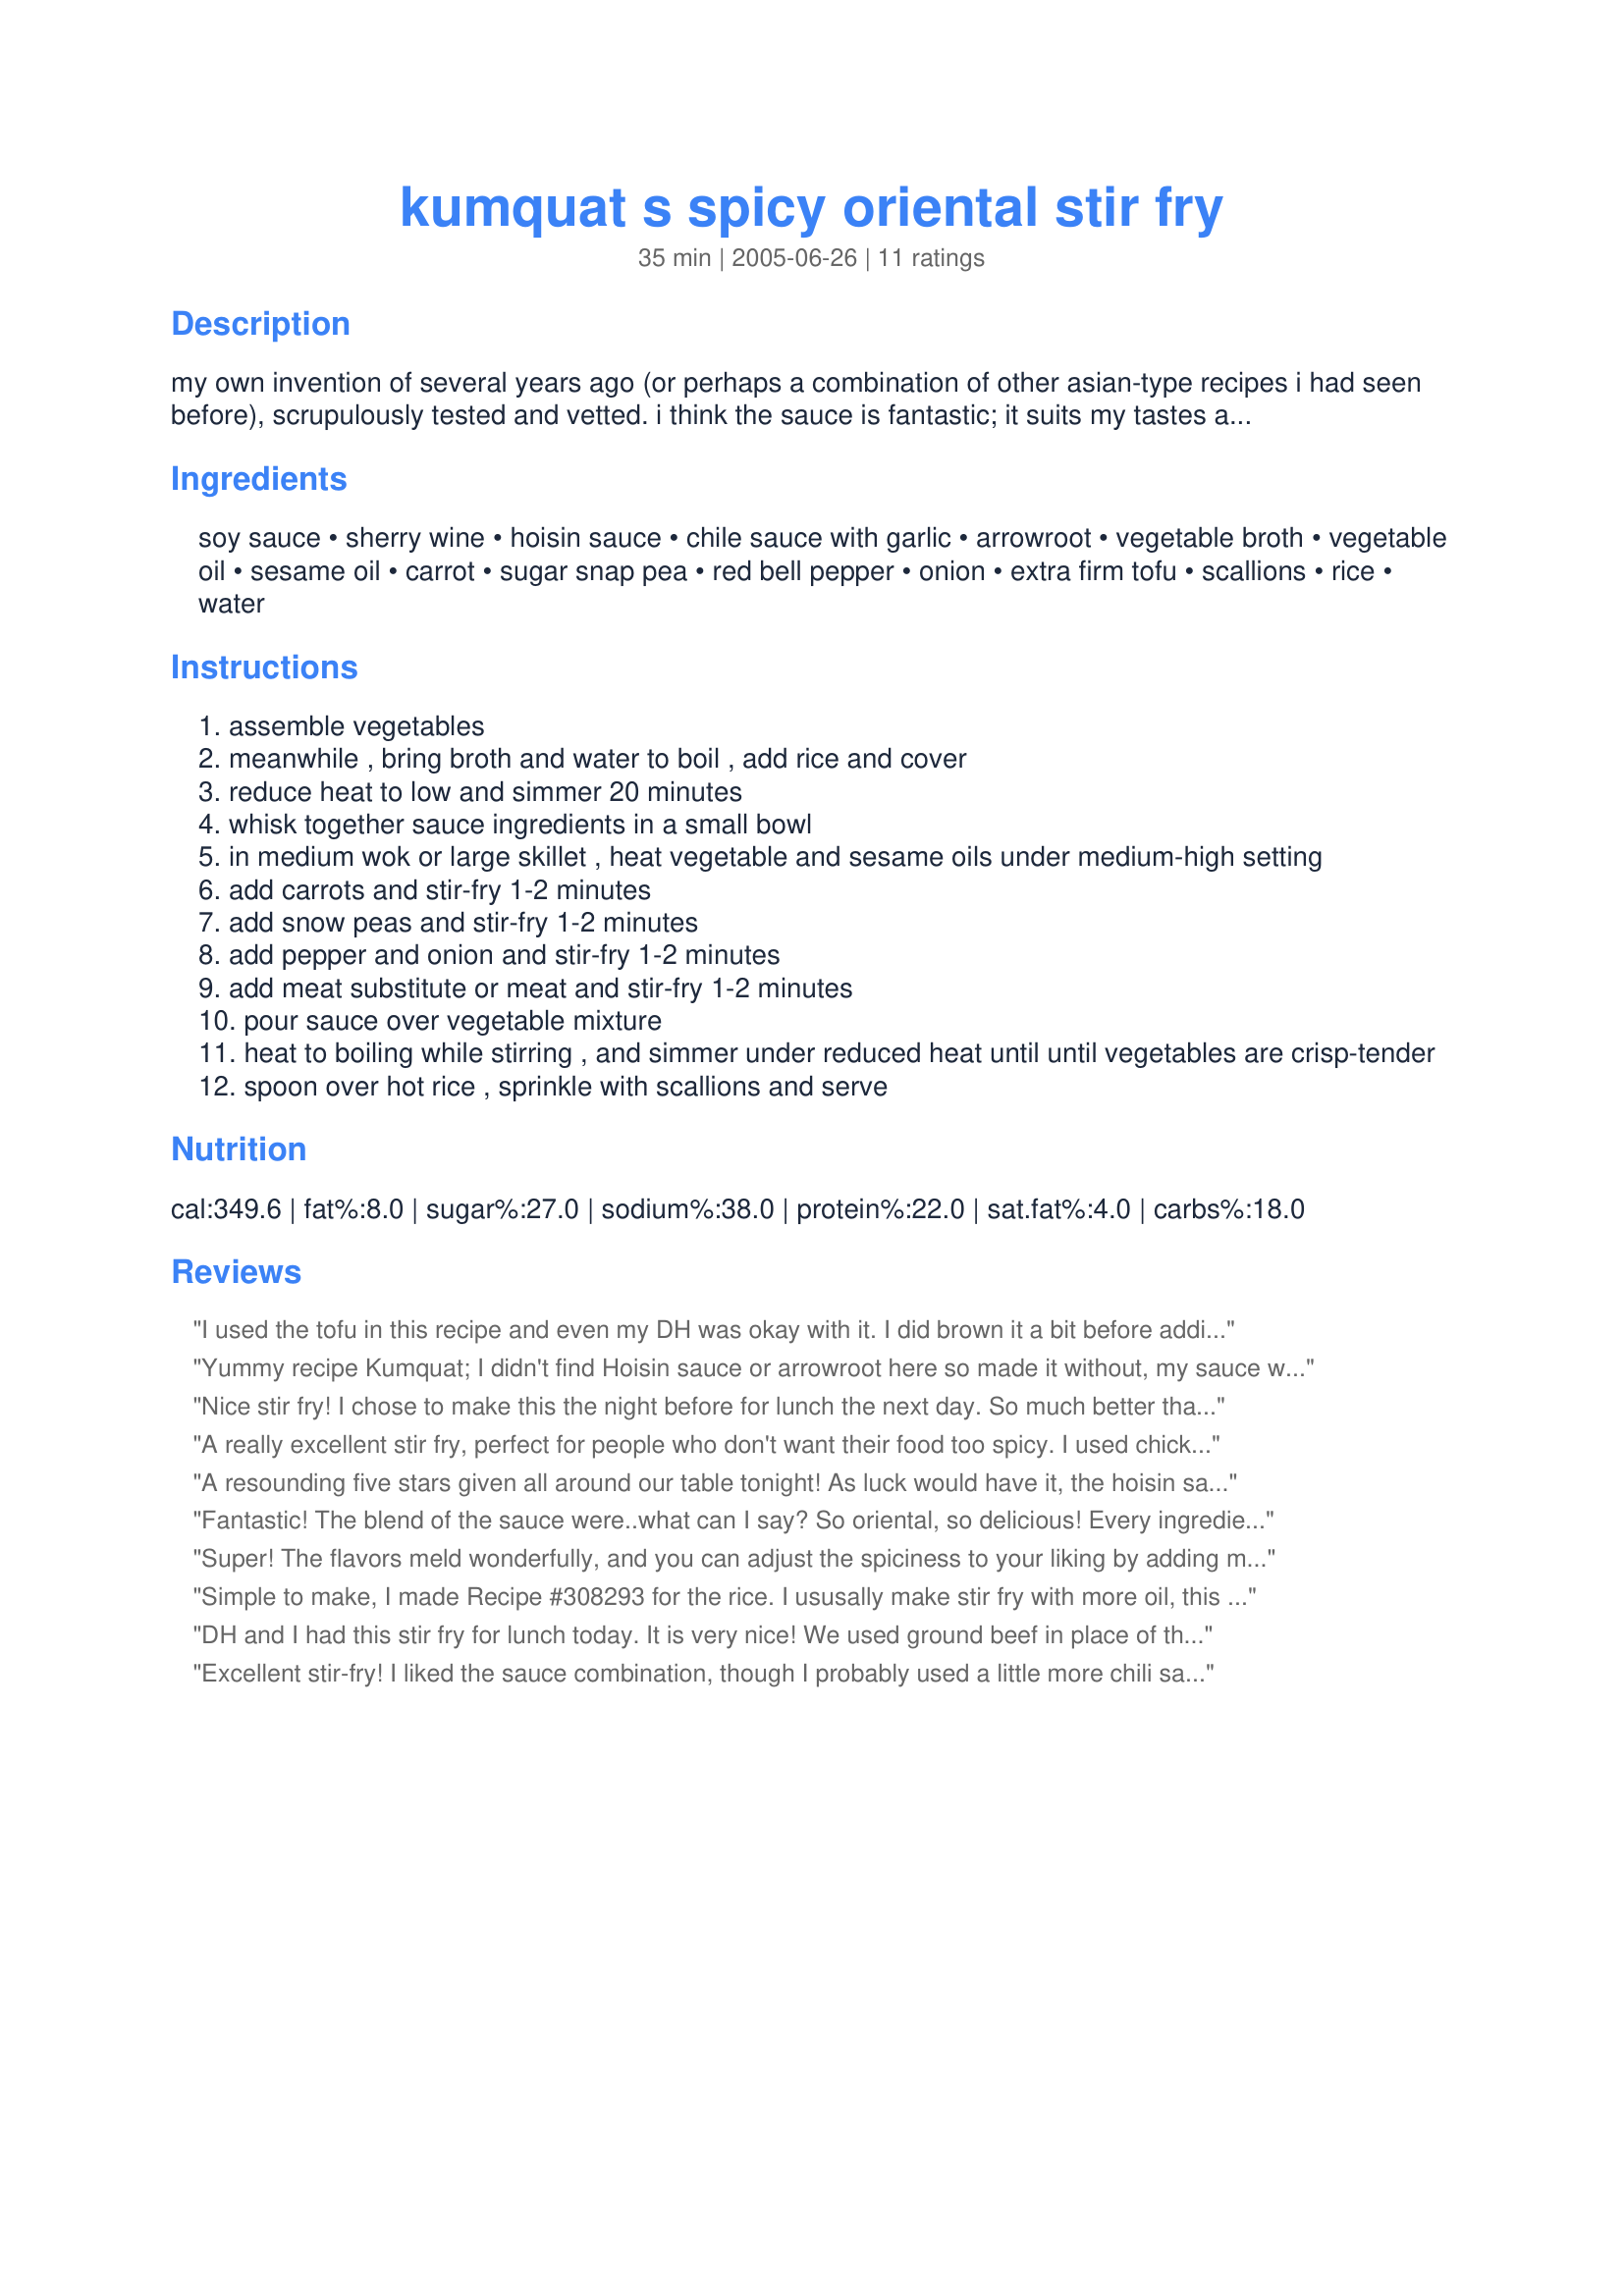
kumquat s spicy oriental stir fry
Preparation time: 35 minutes

my own invention of several years ago (or perhaps a combination of other asian-type recipes i had seen before), scrupulously tested and vetted. i think the sauce is fantastic; it suits my tastes as it is not as sweet as some chinese restaurant sauces and is probably much more healthful, yet it's still spicy and intensely flavorful. if you have a committed carnivore for a spouse, or if you are one, you can substitute real meat for the wheat gluten. i've made it with tofu and soy-based meat substitutes as well.

Ingredients:
soy sauce, sherry wine, hoisin sauce, chile sauce with garlic, arrowroot, vegetable broth, vegetable oil, sesame oil, carrot, sugar snap pea, red bell pepper, onion, extra firm tofu, scallions, rice, water

Steps:
assemble vegetables
meanwhile , bring broth and water to boil , add rice and cover
reduce heat to low and simmer 20 minutes
whisk together sauce ingredients in a small bowl
in medium wok or large skillet , heat vegetable and sesame oils under medium-high setting
add carrots and stir-fry 1-2 minutes
add snow peas and stir-fry 1-2 minutes
add pepper and onion and stir-fry 1-2 minutes
add meat substitute or meat and stir-fry 1-2 minutes
pour sauce over vegetable mixture
heat to boiling while stirring , and simmer under reduced heat until until vegetables are crisp-tender
spoon over hot rice , sprinkle with scallions and serve

Reviews:
I used the tofu in this recipe and even my DH was okay with it. I did brown it a bit before adding to the veggies. The sauce here is very nice. Thank you for sharing your recipe!!
Yummy recipe Kumquat; I didn't find Hoisin sauce or arrowroot here so made it without, my sauce was quite thin but was still tasty. I added veggies that I had to hand: peas and leeks took the place of sugar snap peas. Everything came out very well and DH liked it. Please see my rating system, a lovely 4 stars :)Thanks !
 Nice stir fry! I chose to make this the night before for lunch the next day. So much better than a frozzen lunch. Quite easy to make.
A really excellent stir fry, perfect for people who don't want their food too spicy. I used chicken for this and found the sauce was particularly good. I always want garlic in my stir fries so will add some next time. Thanks for posting a simple but very tasty recipe - I'm looking forward to leftovers today!
A resounding five stars given all around our table tonight! As luck would have it, the hoisin sauce in my fridge happened to be Lee Kum Kee. The sauce was fabulous. I used sambal oelek instead of the chile sauce, and it made it wonderfully spicy (read HOT). I used very thinly sliced chicken which had been stir-fried with garlic and ginger. I also used broccoli instead of the snap peas. Otherwise I followed the recipe. This will be a new favorite around here.
Fantastic! The blend of the sauce were..what can I say? So oriental, so delicious! Every ingredient for the sauce is vital to make it real good. Without any of it, it would be different. Soy to give it a bit of saltiness, but with the sherry wine evening it out coz of its sweetness and the hoisin for it's slight sweetness, unique taste and at the same time, gives color to the dish, chili sauce with garlic (what's a chinese dish w/o garlic) and a thickener combined with veggie broth to give more flavor to the vegetable dish. I made this for the WT4 Diabetic challenge so had to add more veggies which was cabbages, eggplants and green peas (didn't have sugar snap peas). I'm not much of a veggie eater, but this impressed me! Thank you, Kumquat!
Super! The flavors meld wonderfully, and you can adjust the spiciness to your liking by adding more or less chili sauce. I added slightly less, because I had never cooked with that item before, but could have added what the recipe called for without calling 9-1-1 to put out the fire. :) I used both sliced chicken and salad-size shrimp, added 1c sliced mushrooms, and doubled the amount of bell pepper and still had plenty of sauce to coat. I will definitely be making this again! Thanks for posting. Made for ZWT4.
Simple to make, I made Recipe #308293 for the rice. I ususally make stir fry with more oil, this time I used some of the veggie stock to steam them in the wok and then added a little oil when cooking the tofu. I wasn't a huge fan of the hoisin, but the boyfriend loved it. Made for a light late lunch. Thank you very much for posting. Made for ZWT 6.
DH and I had this stir fry for lunch today. It is very nice! We used ground beef in place of the tofu and I omitted the sugar snap peas because I didnt have any on hand. I also used an orange bell pepper in place of red because that is also what I had on hand. Otherwise, I followed all ingredients and directions as posted. I thought the rice simmering in vegetable broth made for a nice flavored jasmine rice that was perfect in moistness (not too dry). I might try that trick with other dishes in the future. DH and I might like to try beef or chicken broth for our sauce next time, however, because it might make it a little thicker and give it that meatier flavor we carnivores were looking for. Thanks for posting this dish!
Excellent stir-fry! I liked the sauce combination, though I probably used a little more chili sauce than called for since I like it hot, and the sesame oil gives a wonderful note. One tip, tought: I would suggest stir-frying or giving a nice long saute to the tofu first to crisp it up -- it won't add to the fat, just cooking time. Thanks for another stirfry sauce to add to the stable!
What a great stirfry & very easy to make. I didn't have any cooked chicken, so stirfried some after marinating with soy sauce, chinese rice wine & cornstarch. This complimented the sauce beautifully. I used minced garlic & sambal oelek instead of chili sauce with garlic & also left out the vegetable broth, as I didn't need any extra sauce. Added celery and zucchini. Thanks Kumquat for sharing this keeper. Made for ZWT4
